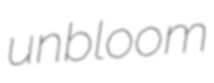
unbloom